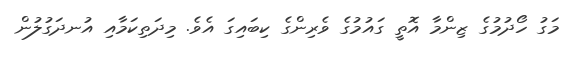
މަގު ހޯދުމުގެ ޒިންމާ އޮތީ ގައުމުގެ ވެރިންގެ ކިބައިގަ އެވެ. މިދަތިކަމާއި އުނދަގުލުން